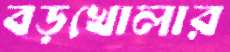
বড়খোলার